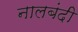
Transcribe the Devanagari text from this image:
नालबंदी